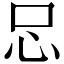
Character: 𢗀